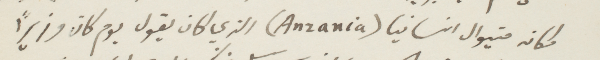
مكانه متيوال انسانيا (Anzania) الذي كان يقول يوم كان وزيرًا